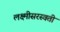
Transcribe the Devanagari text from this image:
लक्ष्मीसरस्वती